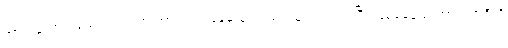
အားမကောင်းသေးရင် တရားအားထုတ် နေဆဲမှာလည်း သူက ဝင်ဝင်ပြီး ဖြစ်နေသေးတာပဲ၊ အဲဒီလို